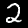
Digit: 2